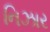
નિઝાર